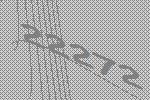
22272